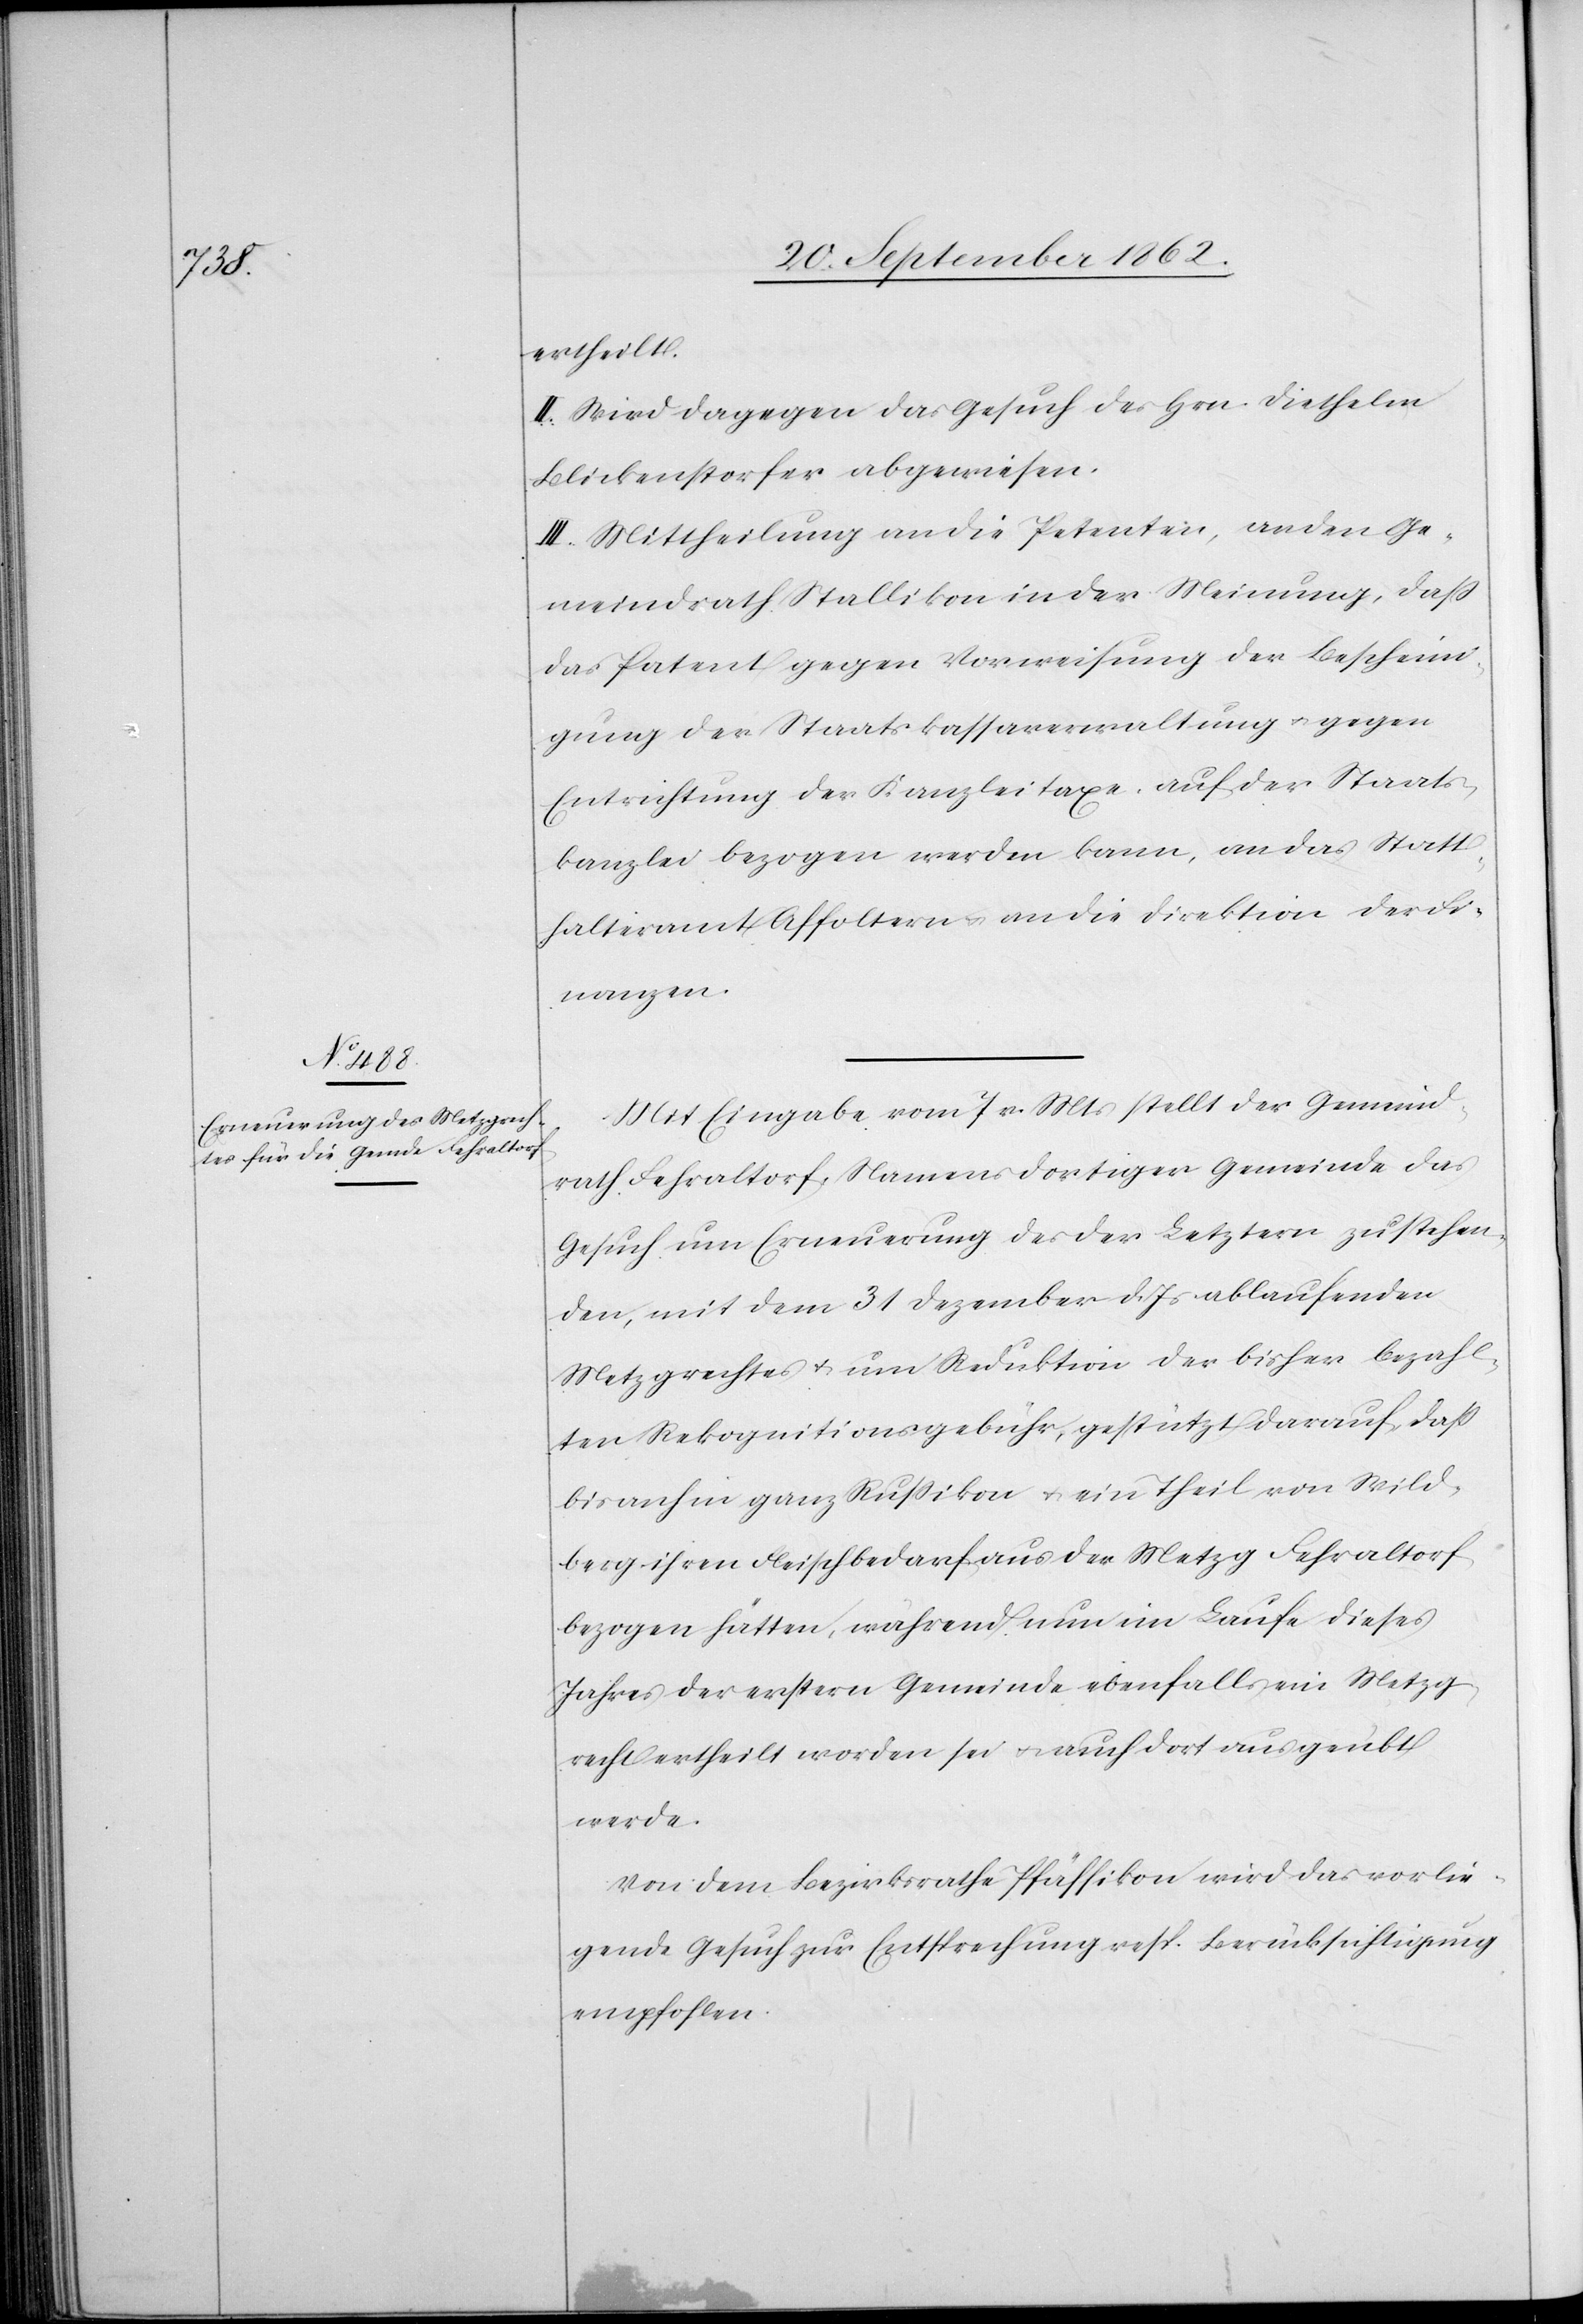
ertheilt.
II. Wird dagegen das Gesuch des Herrn Diethelm
Blickenstorfer abgewiesen.
III. Mittheilung an die Petenten, an den Ge¬
meindrath Stallikon in der Meinung, daß
das Patent gegen Vorweisung der Bescheini¬
gung der Staatskassaverwaltung u. gegen
Entrichtung der Kanzleitaxe auf der Staats¬
kanzlei bezogen werden kann, an das Statt¬
halteramt Affoltern u. an die Direktion der Fi¬
nanzen.
Mit Eingabe vom 7. v. Mts. stellt der Gemeind¬
rath Fehraltorf, Namens dortiger Gemeinde das
Gesuch um Erneuerung des der Letztern zustehen¬
den, mit dem 31. Dezember d. Js. ablaufenden
Metzgrechtes u. um Reduktion der bisher bezahl¬
ten Rekognitionsgebühr, gestützt darauf, daß
bis anhin ganz Rußikon u. ein Theil von Wild¬
berg ihren Fleischbedarf aus der Metzg Fehraltorf
bezogen hätte, während nun im Laufe dieses
Jahres der erstern Gemeinde ebenfalls ein Metzg¬
recht ertheilt worden sei u. auch dort ausgeübt
werde.
Von dem Bezirksrathe Pfäffikon wird das vorlie¬
gende Gesuch zur Entsprechung resp. Berücksichtigung
empfohlen.